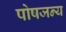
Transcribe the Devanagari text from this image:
पोषजन्य